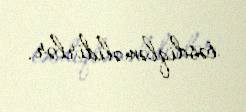
təsdiqləməlidirlər.